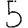
Digit: 5